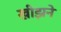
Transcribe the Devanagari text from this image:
खीझने